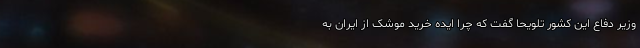
وزیر دفاع این کشور تلویحاََ گفت که چرا ایده خرید موشک از ایران به